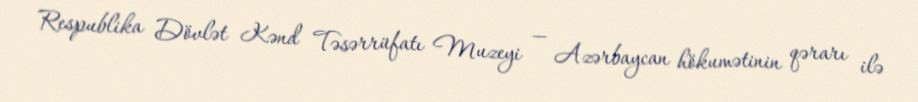
Respublika Dövlət Kənd Təsərrüfatı Muzeyi — Azərbaycan hökumətinin qərarı ilə